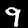
Digit: 9